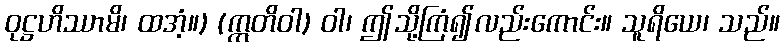
ဝုဋ္ဌဟိဿာမိ၊ ထအံ့။) (ဣတိဝါ) ဝါ၊ ဤသို့ကြံ၍လည်းကောင်း။ သူရိယေ၊ သည်။